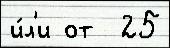
и́л'и от  25